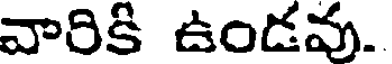
వారికి ఉండవు.